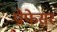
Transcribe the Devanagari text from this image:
प्रोफे़सर